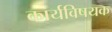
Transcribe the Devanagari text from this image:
कार्यविषयक